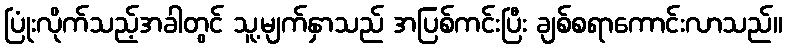
ပြုံးလိုက်သည့်အခါတွင် သူ့မျက်နှာသည် အပြစ်ကင်းပြီး ချစ်စရာကောင်းလာသည်။